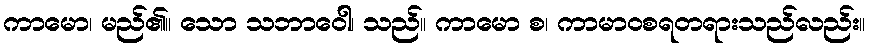
ကာမော၊ မည်၏။ သော သဘာဝေါ၊ သည်။ ကာမော စ၊ ကာမာဝစရတရားသည်လည်း။